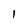
Character: I